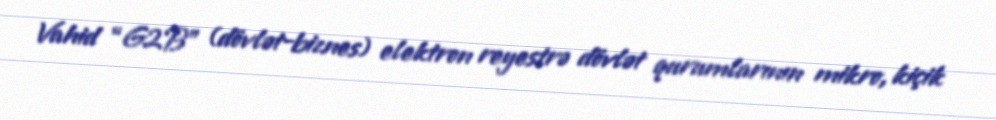
Vahid “G2B” (dövlət-biznes) elektron reyestrə dövlət qurumlarının mikro, kiçik